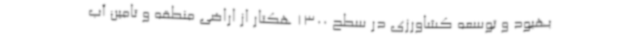
بهبود و توسعه کشاورزی در سطح 1300 هکتار از اراضی منطقه و تامین آب